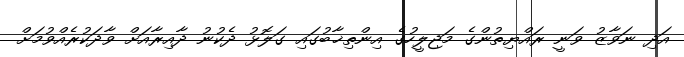
އަދި ނަވާޒު ވަނީ ރައްޔިތުންގެ މަޖިލީހުގެ އިންތިޚާބުގައި ގަލޮޅު ދެކުނު ދާއިރާއަށް ވާދަކުރެއްވުމަށް